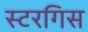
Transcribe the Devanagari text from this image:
स्टरगिस